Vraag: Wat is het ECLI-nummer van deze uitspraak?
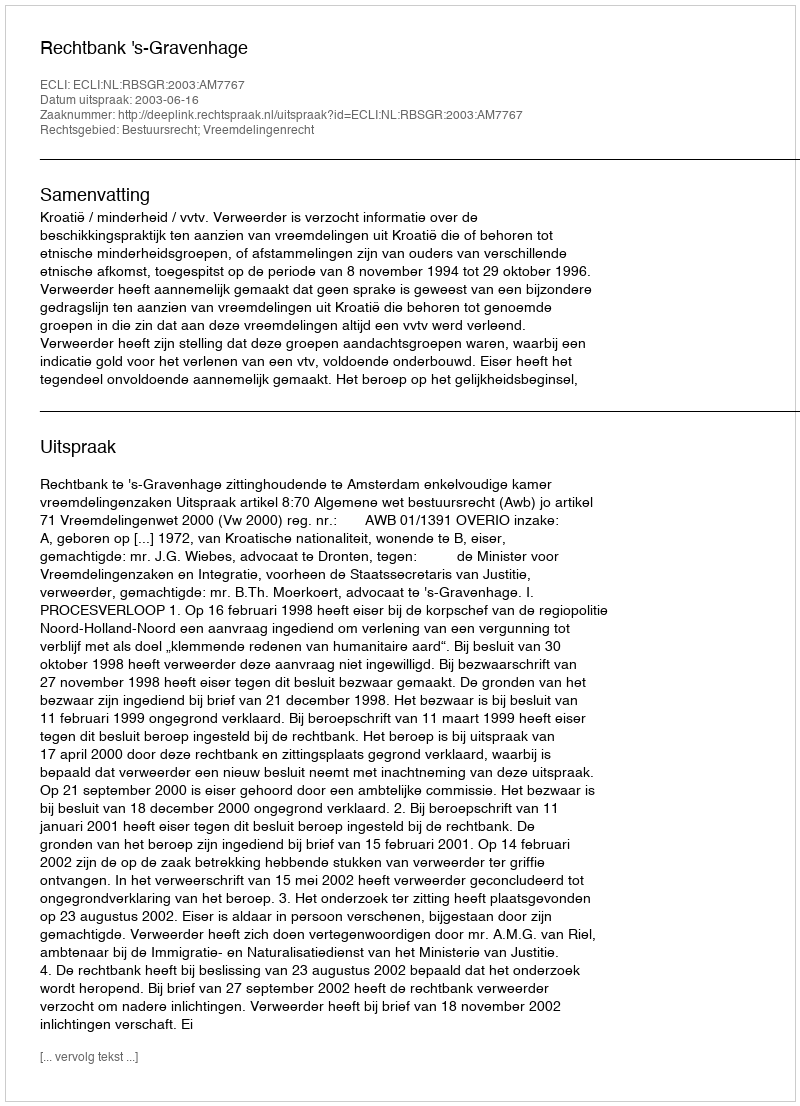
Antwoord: ECLI:NL:RBSGR:2003:AM7767